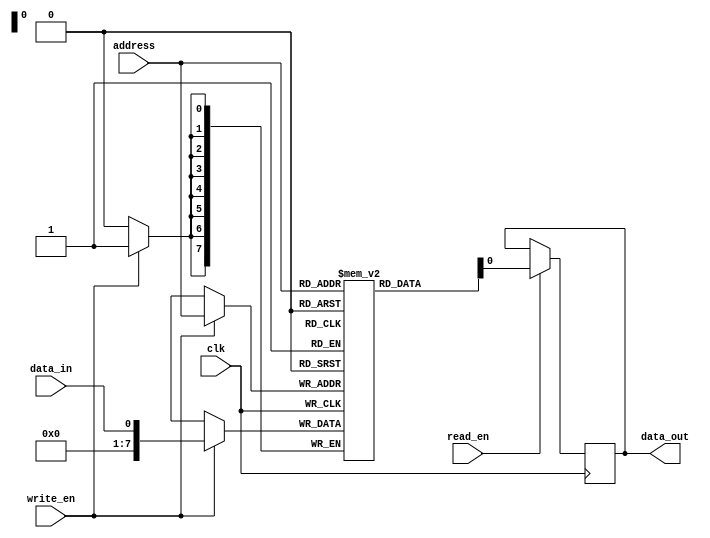
module DRAM (
    input wire clk,
    input wire [7:0] address,
    input wire data_in,
    input wire write_en,
    input wire read_en,
    output reg data_out
);

reg [7:0] row;
reg [7:0] column;
reg [7:0] memory [0:255];

// Decoder logic to select row and column
always @ (posedge clk) begin
    if (write_en) begin
        row <= address[7:3];
        column <= address[2:0];
        memory[address] <= data_in;
    end
    if (read_en) begin
        data_out <= memory[address];
    end
end

// Refresh mechanism to prevent data loss
always @ (posedge clk) begin
    // Implement refresh mechanism here
    // ...
end

endmodule